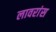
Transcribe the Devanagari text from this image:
लावरांस